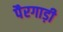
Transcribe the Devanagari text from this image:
पैरगाड़ी